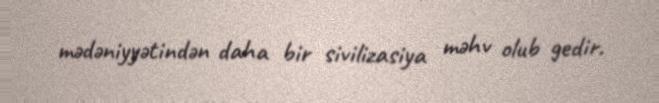
mədəniyyətindən daha bir sivilizasiya məhv olub gedir.